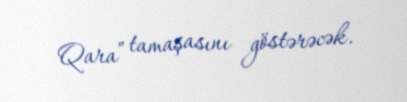
Qara” tamaşasını göstərəcək.